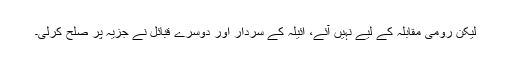
لیکن رومی مقابلہ کے لیے نہیں آئے، اَئیلہ کے سردار اور دوسرے قبائل نے جزیہ پر صلح کرلی۔